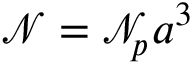
\mathcal { N } = \ensuremath { \mathcal { N } _ { \! p } { \! \: } } a ^ { 3 }